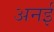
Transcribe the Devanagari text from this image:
अनई